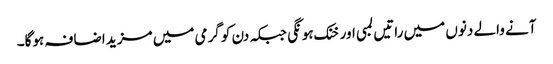
آنے والے دنوں میں راتیں لمبی اور خنک ہونگی جبکہ دن کو گرمی میں مزید اضافہ ہوگا۔